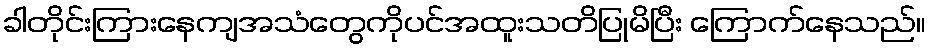
ခါတိုင်းကြားနေကျအသံတွေကိုပင်အထူးသတိပြုမိပြီး ကြောက်နေသည်။